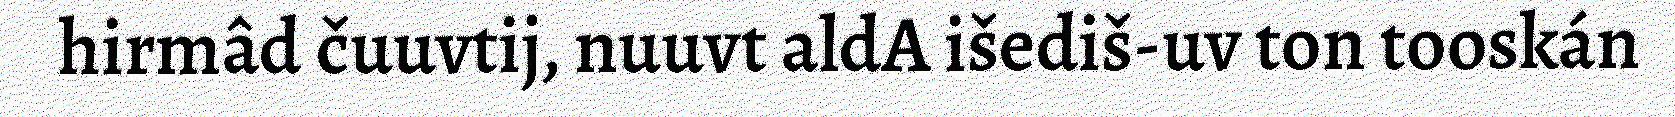
hirmâd čuuvtij, nuuvt aldA išediš-uv ton tooskán